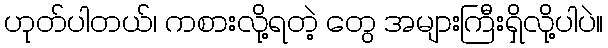
ဟုတ်ပါတယ်၊ ကစားလို့ရတဲ့ တွေ အများကြီးရှိလို့ပါပဲ။